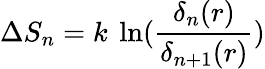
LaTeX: \Delta S_{n}=k\ \ln({\frac{\delta_{n}(r)}{\delta_{n+1}(r)}})